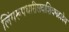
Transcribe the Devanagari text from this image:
लिंगरूपधारीसदाशिवमहादेव